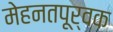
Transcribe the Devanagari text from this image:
मेहनतपूर्वक